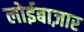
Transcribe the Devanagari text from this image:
लोईबाज़ार